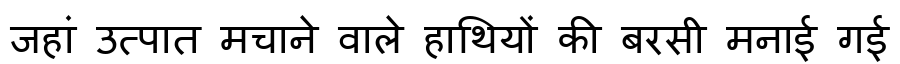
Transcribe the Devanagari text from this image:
जहां उत्पात मचाने वाले हाथियों की बरसी मनाई गई